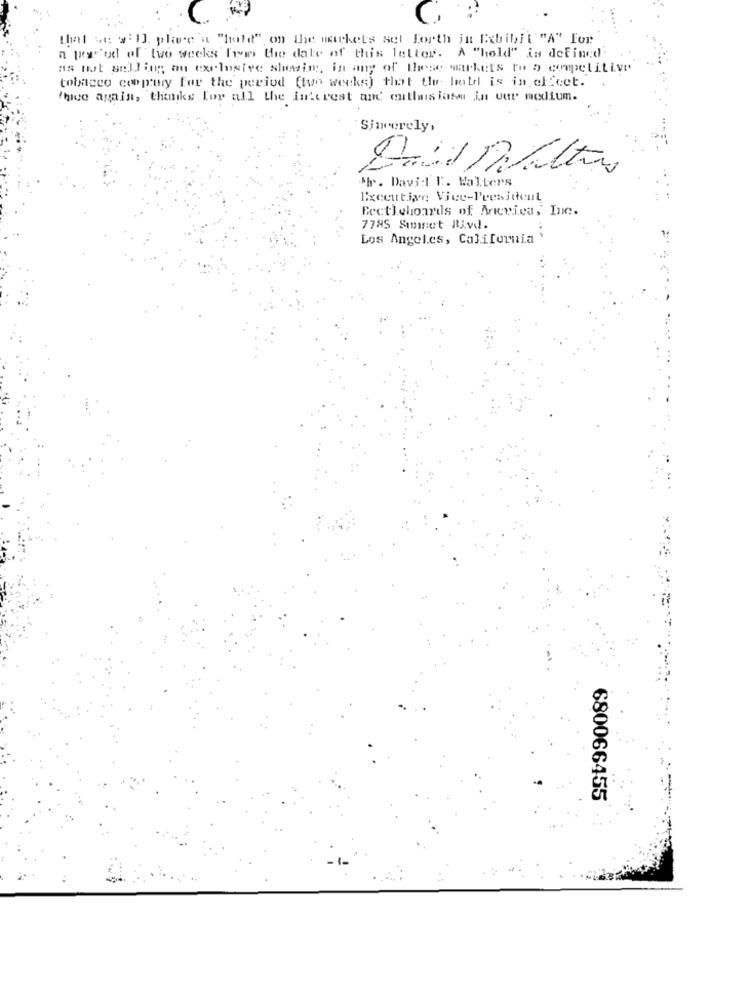
that we w I]. place'a "hold" on the mickets set forth in Exhibit""A" For
a pearod of two weeks Tres the date of this letter. A "hold" is defined
as hat selling an exclusive showin, in any of these markets to a competitive
tobacco conpmy for the period (two weeks) that the- hold is in effect.
'hice again, thanks for all the Interest and cutlais iase in vur modium.
Sincerely,
Mr. Davi:l'E. Walters
Executive Vice-President
Beetleboards of Arierica, Ine.
7785 Sumnet Rivd.
Los Angeles, California
680066455